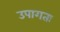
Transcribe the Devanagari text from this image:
उपागतः